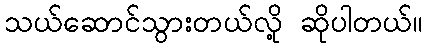
သယ်ဆောင်သွားတယ်လို့ ဆိုပါတယ်။